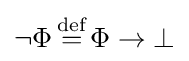
\neg \Phi \,{\overset {\text{def}}{=}}\,\Phi \to \bot